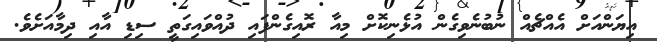
އިޔަންއަށް އެއްޗެއް ނުބުނެވިގެން އުޅެނިކޮށް މިއާ ރޮއިގެންފައި ދުއްވައިގަތީ ސިޑި އާއި ދިމާއަށެވެ.